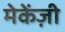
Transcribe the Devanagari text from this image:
मेकेंज़ी